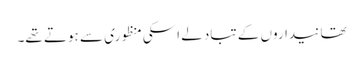
تھانیداروں کے تبادلے اسکی منظوری سے ہوتے تھے۔